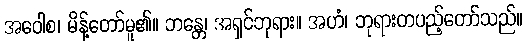
အဝေါစ၊ မိန့်တော်မူ၏။ ဘန္တေ၊ အရှင်ဘုရား။ အဟံ၊ ဘုရားတပည့်တော်သည်။